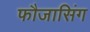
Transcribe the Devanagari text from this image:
फौजासिंग